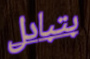
بتبادل